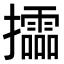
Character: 𢹝